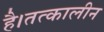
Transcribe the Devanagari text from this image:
है।तत्कालीन